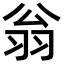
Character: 翁